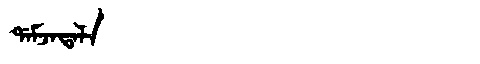
Manchu: ᡩᠠᠮᠵᠠᡨᠠᠯᠠ
Romanization: DAMJATALA